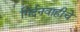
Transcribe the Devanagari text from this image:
गिर्दनवाहीचे